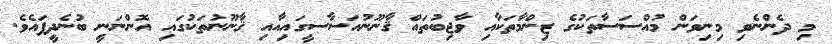
މި ދެންނެވި މިނިވަން މުއްސަސާތަކުގެ ޒިންމާތަކާއި ވާޖިބުތައް ޤާނޫނުއަސާސީގައިއާއި ޤާނޫނުތަކުގައި އޮންނަނީ ބުނެދީފައެވެ.